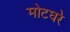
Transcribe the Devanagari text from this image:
मोटघरे